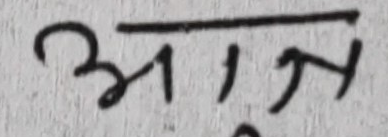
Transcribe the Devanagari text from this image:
भाग्न